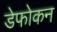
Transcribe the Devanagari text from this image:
डेफोकन